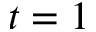
t = 1